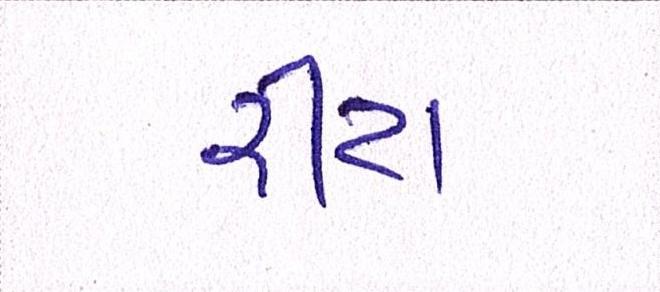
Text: રીટા